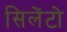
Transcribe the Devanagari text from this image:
सिलेंटो